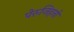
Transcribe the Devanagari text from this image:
पेरुजिहनो